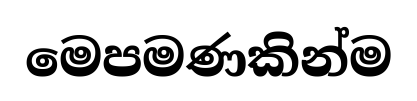
මෙපමණකින්ම